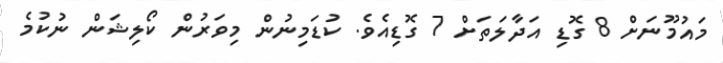
މައުމޫނަށް 8 ގޮޑި އަދާލަތަށް 7 ގޮޑިއެވެ. ކުޑަމިނުން މިވަރުން ކޯލިޝަން ނުކުމެ